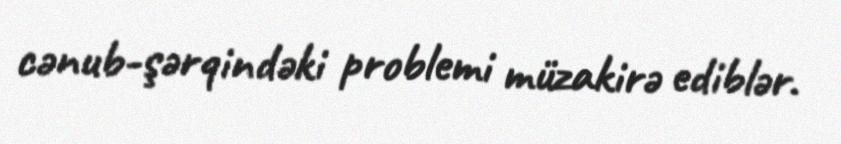
cənub-şərqindəki problemi müzakirə ediblər.